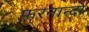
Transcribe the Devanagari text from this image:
फ़रनान्दो